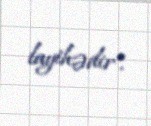
layihədir".